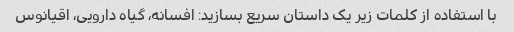
با استفاده از کلمات زیر یک داستان سریع بسازید: افسانه، گیاه دارویی، اقیانوس